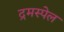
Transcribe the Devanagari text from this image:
द्रमस्पेल